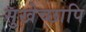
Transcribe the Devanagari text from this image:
सुखेच्छापि